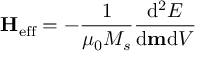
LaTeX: \mathbf { H } _ { \mathrm { e f f } } = - { \frac { 1 } { \mu _ { 0 } M _ { s } } } { \frac { \mathrm { d } ^ { 2 } E } { \mathrm { d } \mathbf { m } \mathrm { d } V } }